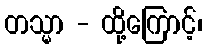
တသ္မာ - ထို့ကြောင့်၊